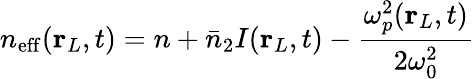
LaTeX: n_{\mathrm{eff}}(\mathbf{r}_{L},t)=n+\bar{n}_{2}I(\mathbf{r}_{L},t)-\frac{\omega_{p}^{2}(\mathbf{r}_{L},t)}{2\omega_{\mathrm{0}}^{2}}